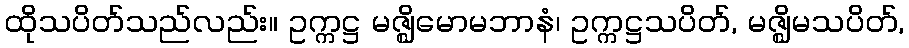
ထိုသပိတ်သည်လည်း။ ဥက္ကဋ္ဌ မဇ္ဈိမောမဘာနံ၊ ဥက္ကဋ္ဌသပိတ်, မဇ္ဈိမသပိတ်,